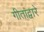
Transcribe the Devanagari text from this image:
गीतांद्वारे